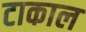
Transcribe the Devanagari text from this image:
टाकाल